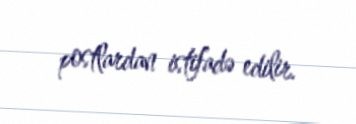
postlardan istifadə edilir.